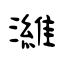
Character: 濰